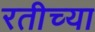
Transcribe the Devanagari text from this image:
रतीच्या